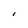
Character: I